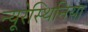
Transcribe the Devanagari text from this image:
न्यूरेस्थिनिया